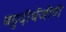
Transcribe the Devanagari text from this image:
बहुदीर्घजीवी